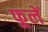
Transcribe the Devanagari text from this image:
फूलें